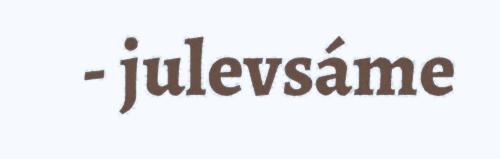
- julevsáme